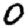
Digit: 0